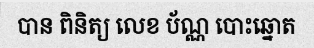
បាន ពិនិត្យ លេខ ប័ណ្ណ បោះឆ្នោត